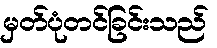
မှတ်ပုံတင်ခြင်းသည်